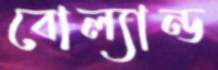
বোল্যান্ড